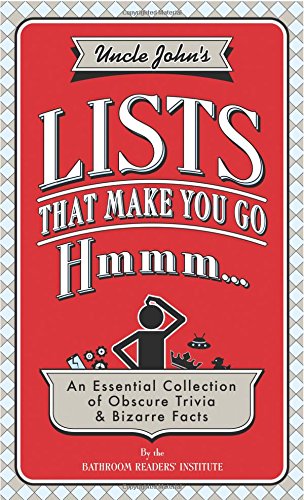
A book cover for Uncle John's Lists that Make You Go Hmmm . . .; Bathroom Readers' Institute; Humor & Entertainment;